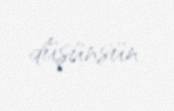
düşünsün.